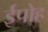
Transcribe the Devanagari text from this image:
ईपोह